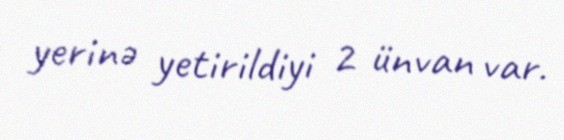
yerinə yetirildiyi 2 ünvan var.